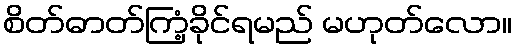
စိတ်ဓာတ်ကြံ့ခိုင်ရမည် မဟုတ်လော။